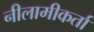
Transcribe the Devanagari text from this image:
नीलामीकर्ता